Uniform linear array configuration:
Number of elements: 8
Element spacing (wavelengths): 1
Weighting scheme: blackman
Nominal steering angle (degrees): -45
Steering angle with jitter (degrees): -44.285
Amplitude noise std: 0.05
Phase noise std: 0.05

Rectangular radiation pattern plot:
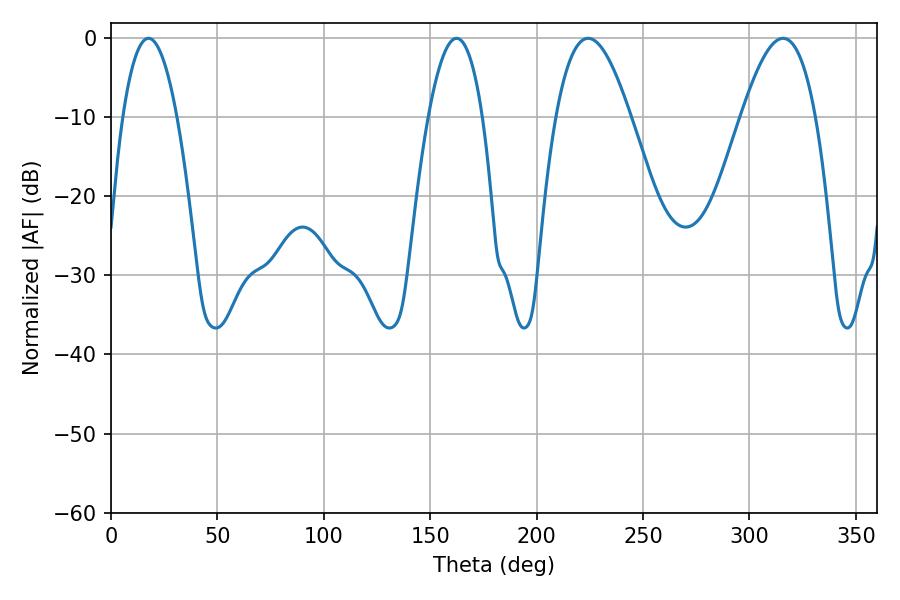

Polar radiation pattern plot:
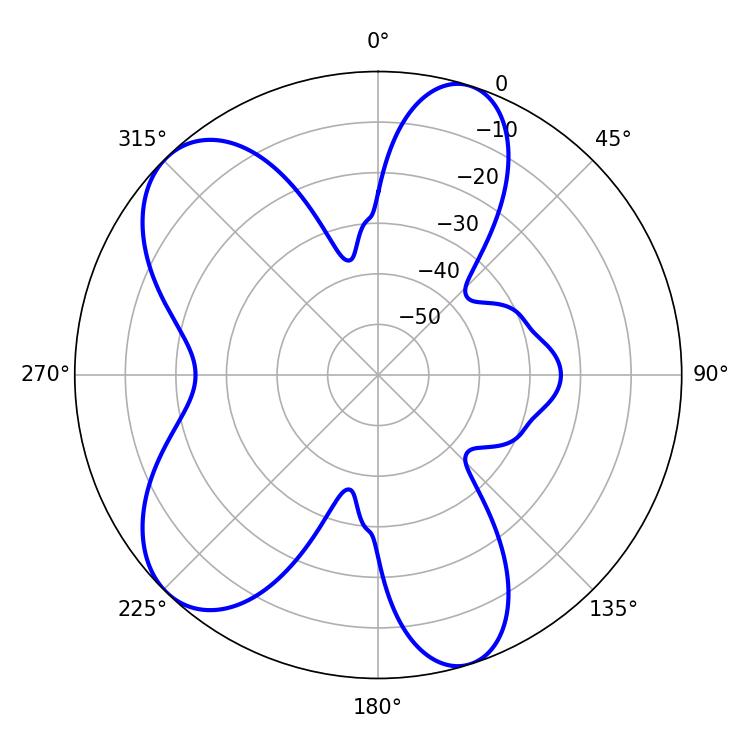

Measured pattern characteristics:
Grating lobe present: TRUE
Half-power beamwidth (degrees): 14.04
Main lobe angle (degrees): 17.64